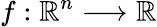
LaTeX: f:\mathbb{R}^{n}\longrightarrow\mathbb{R}